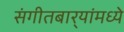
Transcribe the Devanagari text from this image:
संगीतबार्‍यांमध्ये